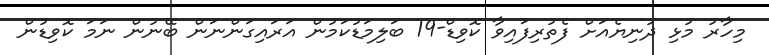
މިހާރު މުޅި ދުނިޔެއަށް ފެތުރިފައިވާ ކޮވިޑް-19 ބަލިމަޑުކަމުން އަރައިގަންނަން ބޭނުން ނަމަ ކޮވިޑުން